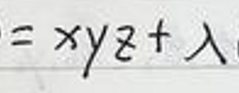
\[=xyz+\lambda\]